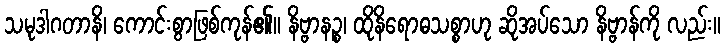
သမုဒါဂတာနိ၊ ကောင်းစွာဖြစ်ကုန်၏။ နိဗ္ဗာနဉ္စ၊ ထိုနိရောဓသစ္စာဟု ဆိုအပ်သော နိဗ္ဗာန်ကို လည်း။